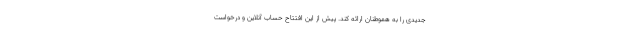
جدیدی را به هموطنان ارائه کند. پیش از این افتتاح حساب آنلاین و درخواست